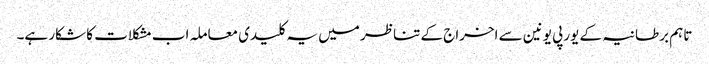
تاہم برطانیہ کے یورپی یونین سے اخراج کے تناظر میں یہ کلیدی معاملہ اب مشکلات کا شکار ہے۔